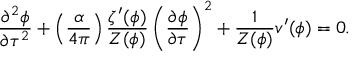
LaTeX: \frac { \partial ^ { 2 } \phi } { \partial \tau ^ { 2 } } + \left( \frac { \alpha } { 4 \pi } \right) \frac { \zeta ^ { \prime } ( \phi ) } { Z ( \phi ) } \left( \frac { \partial \phi } { \partial \tau } \right) ^ { 2 } + \frac { 1 } { Z ( \phi ) } v ^ { \prime } ( \phi ) = 0 .